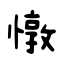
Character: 憞